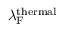
\lambda _ { \mathrm { F } } ^ { \mathrm { t h e r m a l } }